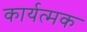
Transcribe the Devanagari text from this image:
कार्यत्मक